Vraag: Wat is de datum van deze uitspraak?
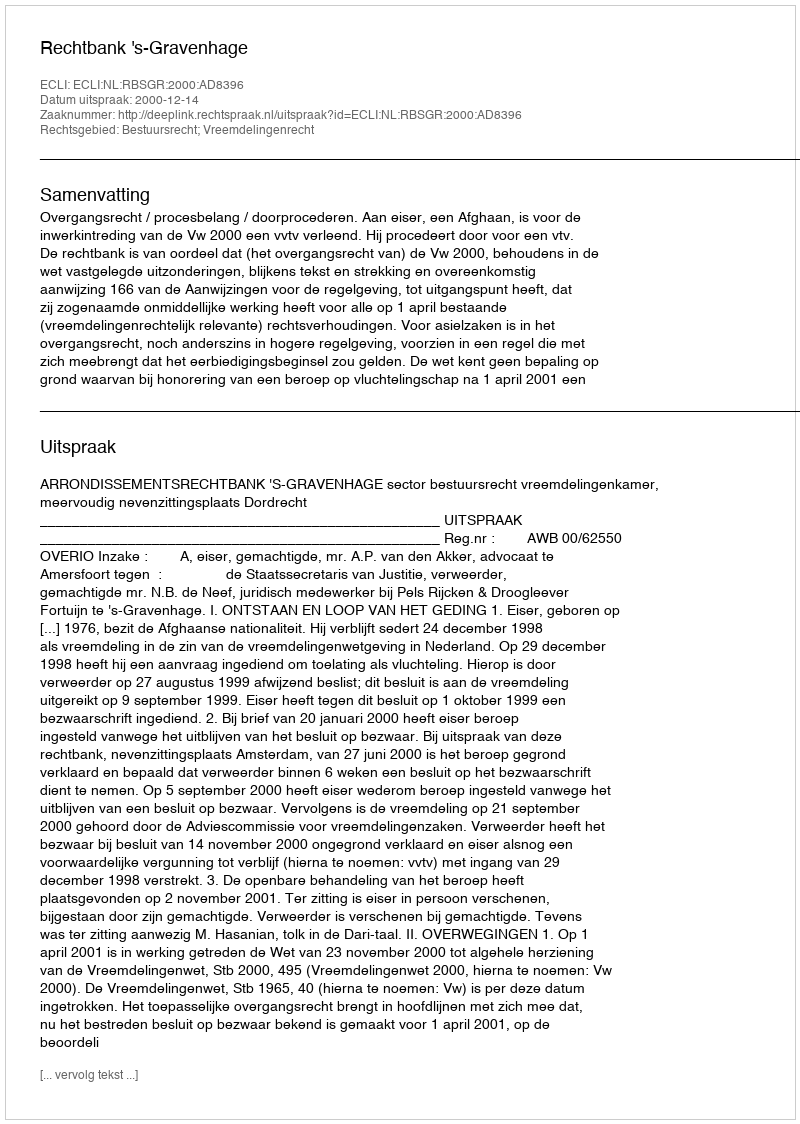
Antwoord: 2000-12-14